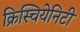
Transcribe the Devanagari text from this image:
क्रिस्चियेनिटी